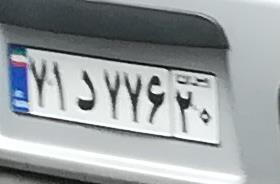
۷۱د۷۷۶۲۰